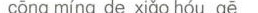
cōng míng de xiǎo hóu gē